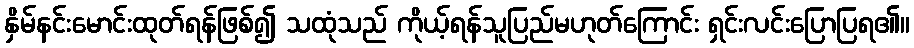
နှိမ်နင်းမောင်းထုတ်ရန်ဖြစ်၍ သထုံသည် ကိုယ့်ရန်သူပြည်မဟုတ်ကြောင်း ရှင်းလင်းပြောပြရ၏။